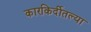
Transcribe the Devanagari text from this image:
कारकिर्दीतल्या